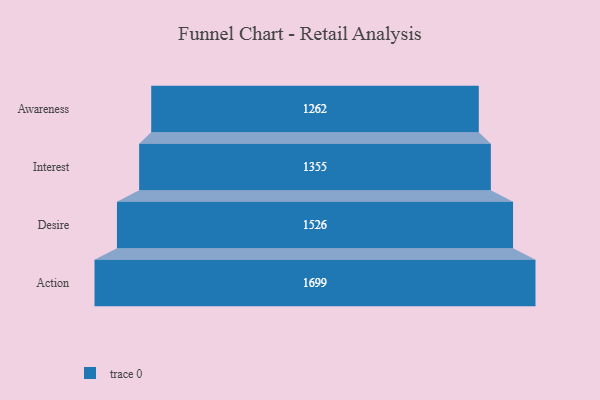
{"axis": {"x": "Stage", "y": "Value"}, "legend": [""], "data": [{"x": "Awareness", "y": 1262.0, "type": ""}, {"x": "Interest", "y": 1355.0, "type": ""}, {"x": "Desire", "y": 1526.0, "type": ""}, {"x": "Action", "y": 1699.0, "type": ""}]}